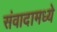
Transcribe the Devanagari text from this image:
संवादामध्ये